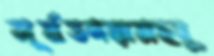
সূর্যতনয়ামহবু